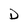
Character: D